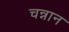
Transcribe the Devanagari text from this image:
चन्नान